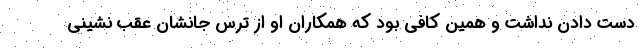
دست دادن نداشت و همین کافی بود که همکاران او از ترس جانشان عقب نشینی